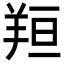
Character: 𦍼